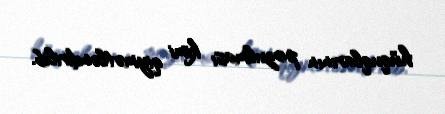
hüquqlarının pozulması kimi qiymətləndirilib.